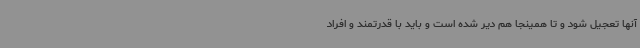
آنها تعجیل شود و تا همینجا هم دیر شده است و باید با قدرتمند و افراد